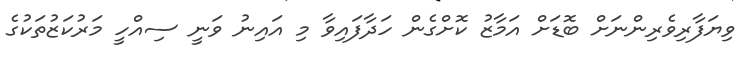
ވިޔަފާރިވެރިންނަށް ބޮޑަށް އަމާޒު ކޮށްގެން ހަދާފައިވާ މި އައިނު ވަނީ ސިއްހީ މަރުކަޒުތަކުގެ